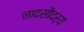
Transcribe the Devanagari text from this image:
नादसौदर्य